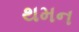
થમન